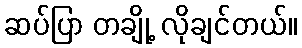
ဆပ်ပြာ တချို့ လိုချင်တယ်။